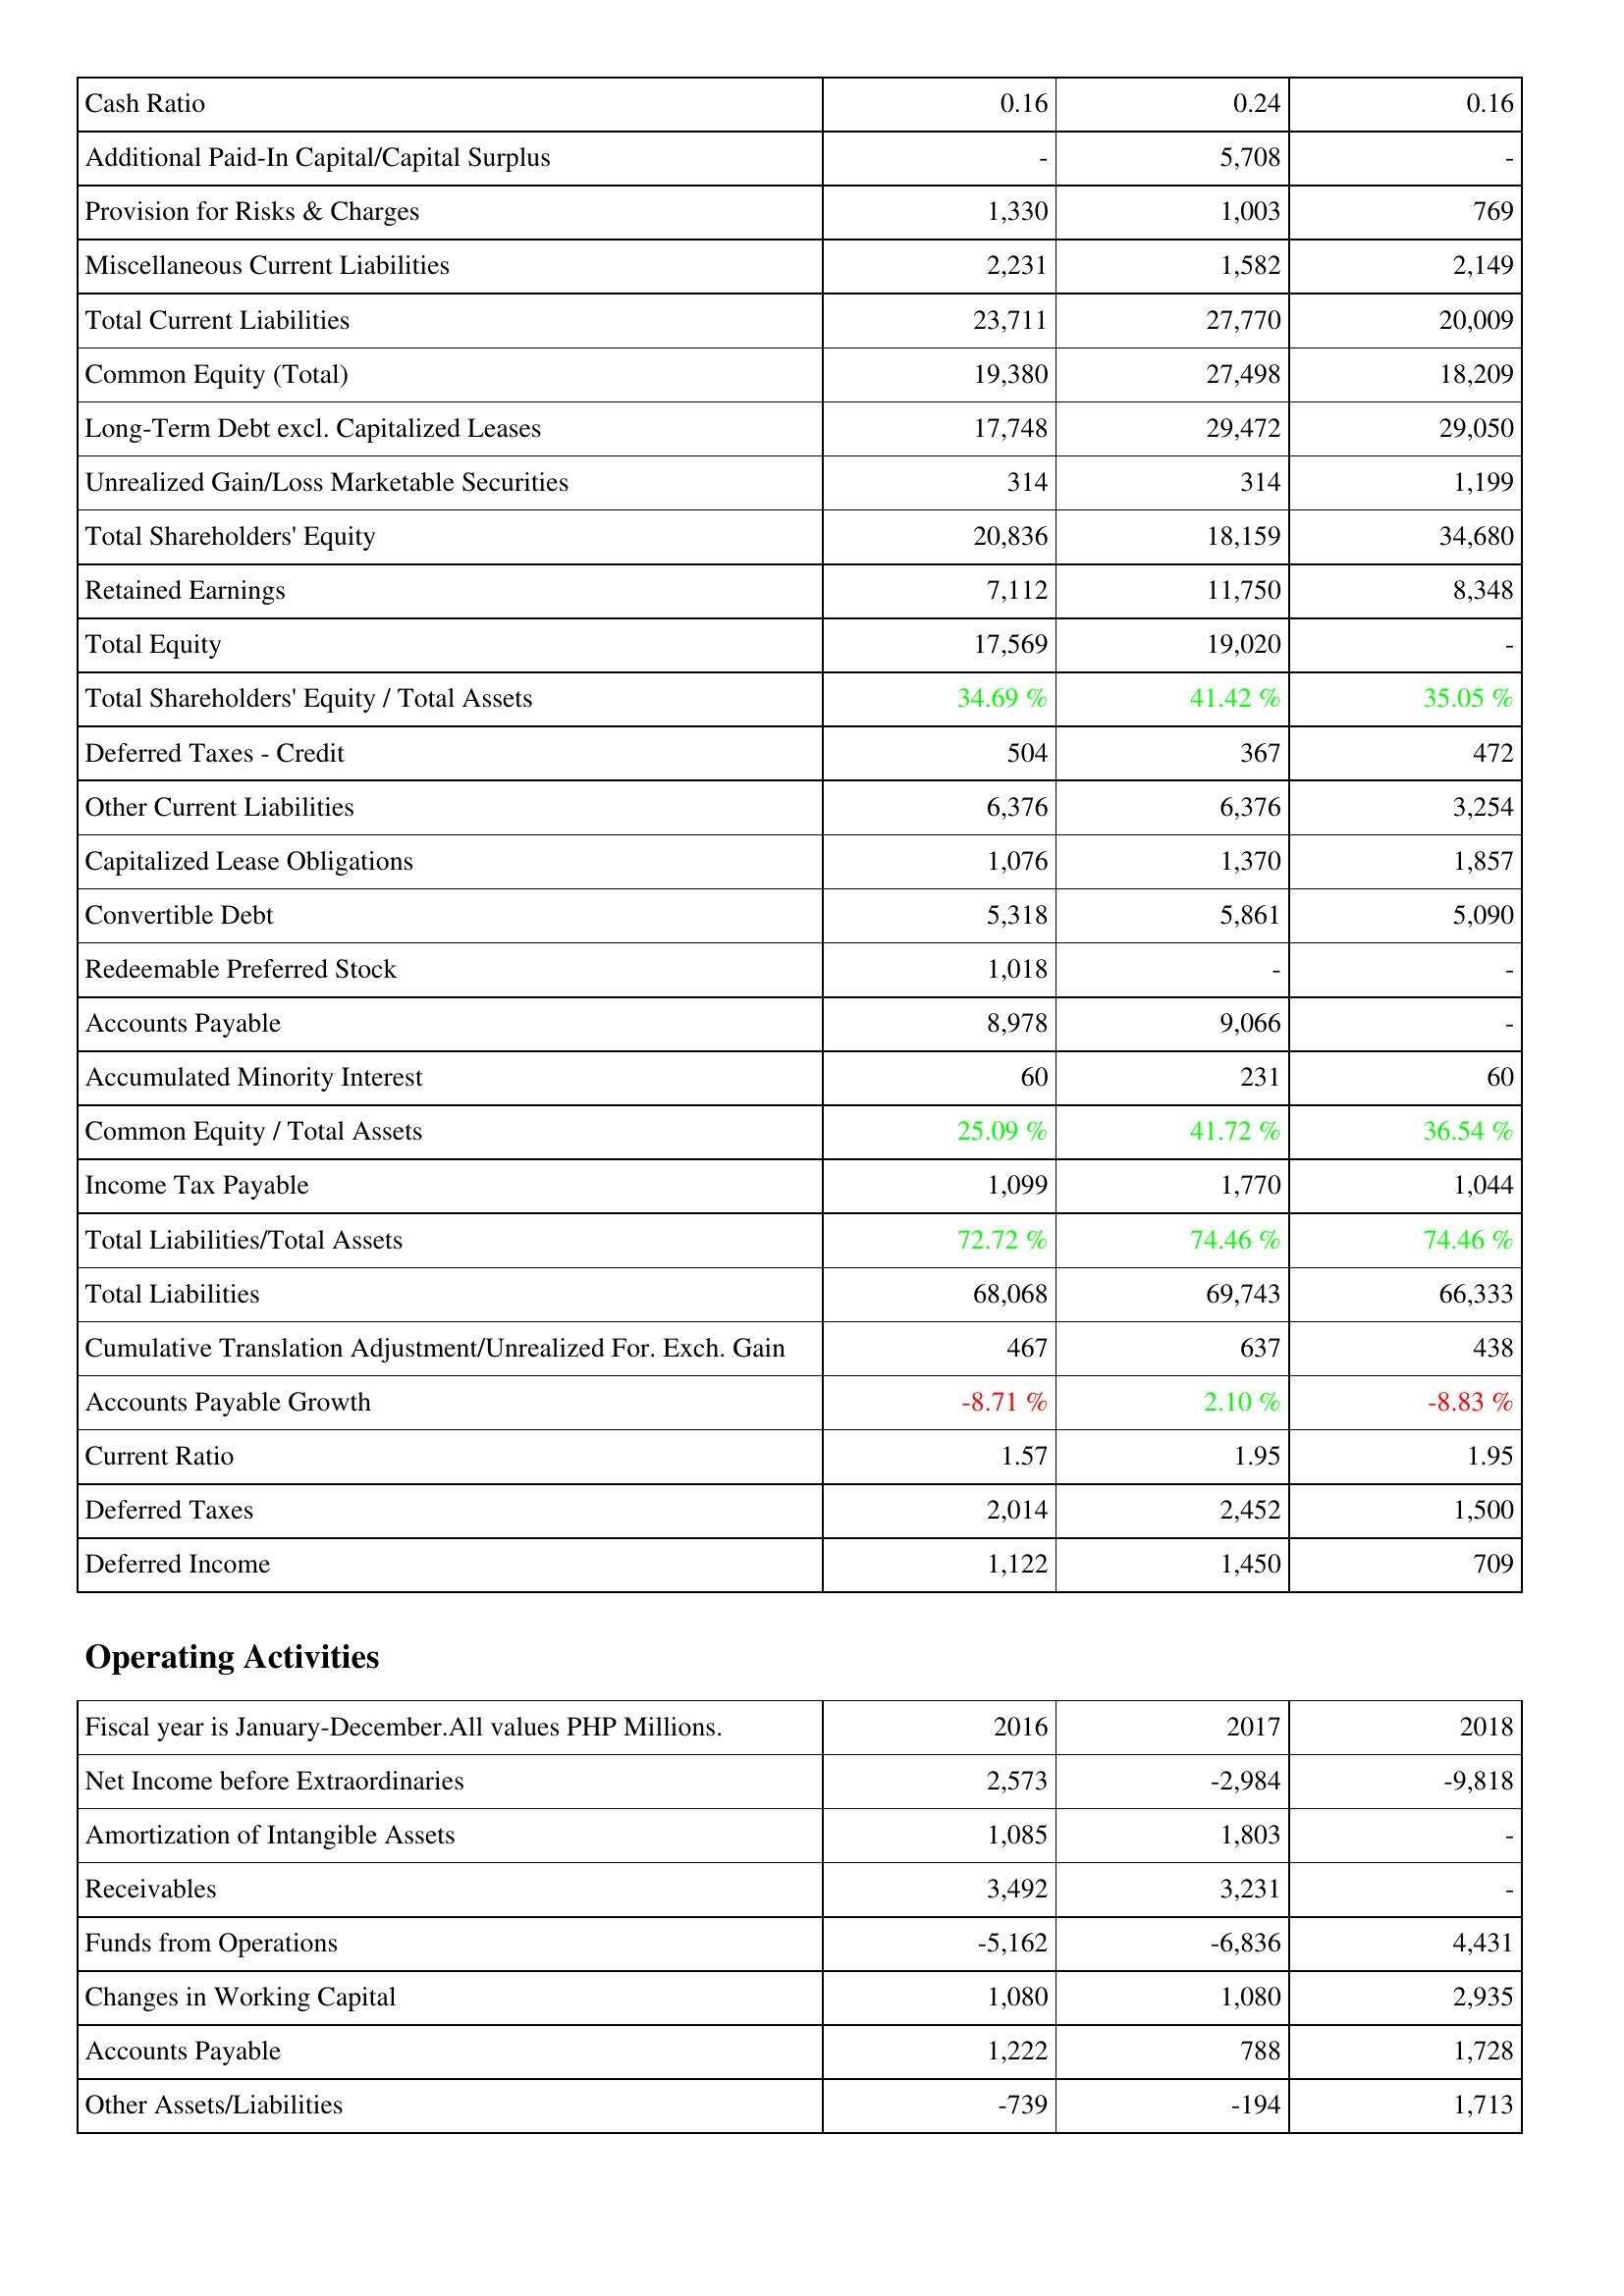
2016: Liabilities & Shareholders' Equity: Cash Ratio: 0.16
Additional Paid-In Capital/Capital Surplus: -
Provision for Risks & Charges: 1,330
Miscellaneous Current Liabilities: 2,231
Total Current Liabilities: 23,711
Common Equity (Total): 19,380
Long-Term Debt excl. Capitalized Leases: 17,748
Unrealized Gain/Loss Marketable Securities: 314
Total Shareholders' Equity: 20,836
Retained Earnings: 7,112
Total Equity: 17,569
Total Shareholders' Equity / Total Assets: 34.69 %
Deferred Taxes - Credit: 504
Other Current Liabilities: 6,376
Capitalized Lease Obligations: 1,076
Convertible Debt: 5,318
Redeemable Preferred Stock: 1,018
Accounts Payable: 8,978
Accumulated Minority Interest: 60
Common Equity / Total Assets: 25.09 %
Income Tax Payable: 1,099
Total Liabilities/Total Assets: 72.72 %
Total Liabilities: 68,068
Cumulative Translation Adjustment/Unrealized For. Exch. Gain: 467
Accounts Payable Growth: -8.71 %
Current Ratio: 1.57
Deferred Taxes: 2,014
Deferred Income: 1,122
Operating Activities: Net Income before Extraordinaries: 2,573
Amortization of Intangible Assets: 1,085
Receivables: 3,492
Funds from Operations: -5,162
Changes in Working Capital: 1,080
Accounts Payable: 1,222
Other Assets/Liabilities: -739
2017: Liabilities & Shareholders' Equity: Cash Ratio: 0.24
Additional Paid-In Capital/Capital Surplus: 5,708
Provision for Risks & Charges: 1,003
Miscellaneous Current Liabilities: 1,582
Total Current Liabilities: 27,770
Common Equity (Total): 27,498
Long-Term Debt excl. Capitalized Leases: 29,472
Unrealized Gain/Loss Marketable Securities: 314
Total Shareholders' Equity: 18,159
Retained Earnings: 11,750
Total Equity: 19,020
Total Shareholders' Equity / Total Assets: 41.42 %
Deferred Taxes - Credit: 367
Other Current Liabilities: 6,376
Capitalized Lease Obligations: 1,370
Convertible Debt: 5,861
Redeemable Preferred Stock: -
Accounts Payable: 9,066
Accumulated Minority Interest: 231
Common Equity / Total Assets: 41.72 %
Income Tax Payable: 1,770
Total Liabilities/Total Assets: 74.46 %
Total Liabilities: 69,743
Cumulative Translation Adjustment/Unrealized For. Exch. Gain: 637
Accounts Payable Growth: 2.10 %
Current Ratio: 1.95
Deferred Taxes: 2,452
Deferred Income: 1,450
Operating Activities: Net Income before Extraordinaries: -2,984
Amortization of Intangible Assets: 1,803
Receivables: 3,231
Funds from Operations: -6,836
Changes in Working Capital: 1,080
Accounts Payable: 788
Other Assets/Liabilities: -194
2018: Liabilities & Shareholders' Equity: Cash Ratio: 0.16
Additional Paid-In Capital/Capital Surplus: -
Provision for Risks & Charges: 769
Miscellaneous Current Liabilities: 2,149
Total Current Liabilities: 20,009
Common Equity (Total): 18,209
Long-Term Debt excl. Capitalized Leases: 29,050
Unrealized Gain/Loss Marketable Securities: 1,199
Total Shareholders' Equity: 34,680
Retained Earnings: 8,348
Total Equity: -
Total Shareholders' Equity / Total Assets: 35.05 %
Deferred Taxes - Credit: 472
Other Current Liabilities: 3,254
Capitalized Lease Obligations: 1,857
Convertible Debt: 5,090
Redeemable Preferred Stock: -
Accounts Payable: -
Accumulated Minority Interest: 60
Common Equity / Total Assets: 36.54 %
Income Tax Payable: 1,044
Total Liabilities/Total Assets: 74.46 %
Total Liabilities: 66,333
Cumulative Translation Adjustment/Unrealized For. Exch. Gain: 438
Accounts Payable Growth: -8.83 %
Current Ratio: 1.95
Deferred Taxes: 1,500
Deferred Income: 709
Operating Activities: Net Income before Extraordinaries: -9,818
Amortization of Intangible Assets: -
Receivables: -
Funds from Operations: 4,431
Changes in Working Capital: 2,935
Accounts Payable: 1,728
Other Assets/Liabilities: 1,713